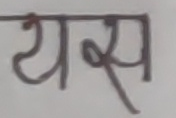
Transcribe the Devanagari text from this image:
यस